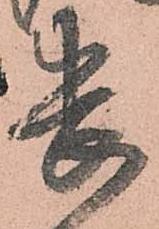
畏